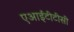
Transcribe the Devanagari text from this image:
एआईटीटीसी